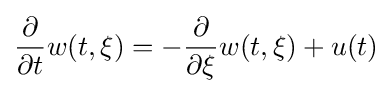
{\frac {\partial }{\partial t}}w(t,\xi )=-{\frac {\partial }{\partial \xi }}w(t,\xi )+u(t)